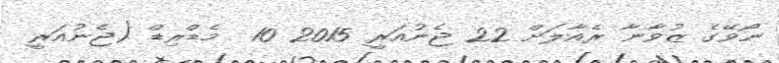
ނޯވޭގެ ޒުވާނާ ރެއާލަށް 22 ޖެނުއަރީ 2015 10  މެޑްރިޑް (ޖެނުއަރީ